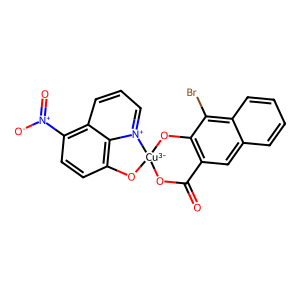
SMILES: O=C1O[Cu-3]2(Oc3c1cc1ccccc1c3Br)Oc1ccc([N+](=O)[O-])c3ccc[n+]2c13
Inhibits HIV replication: No